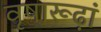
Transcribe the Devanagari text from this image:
वृषारूढ़ां